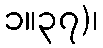
၁။၃၇)၊